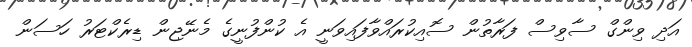
އަދި ވިންގް ސާވިސް ފަރާތުން ސޮއިކުރައްވާފައިވަނީ އެ ކުންފުނީގެ މެނޭޖިން ޑިރެކްޓަރު ހަސަން